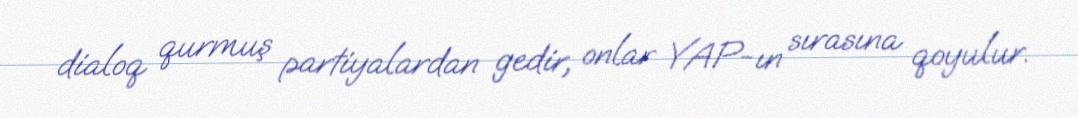
dialoq qurmuş partiyalardan gedir, onlar YAP-ın sırasına qoyulur.